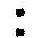
: